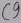
Text: C9